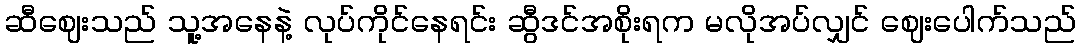
ဆီဈေးသည် သူ့အနေနဲ့ လုပ်ကိုင်နေရင်း ဆွီဒင်အစိုးရက မလိုအပ်လျှင် ဈေးပေါက်သည်